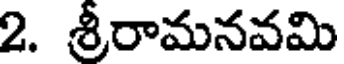
2. శ్రీరామనవమి